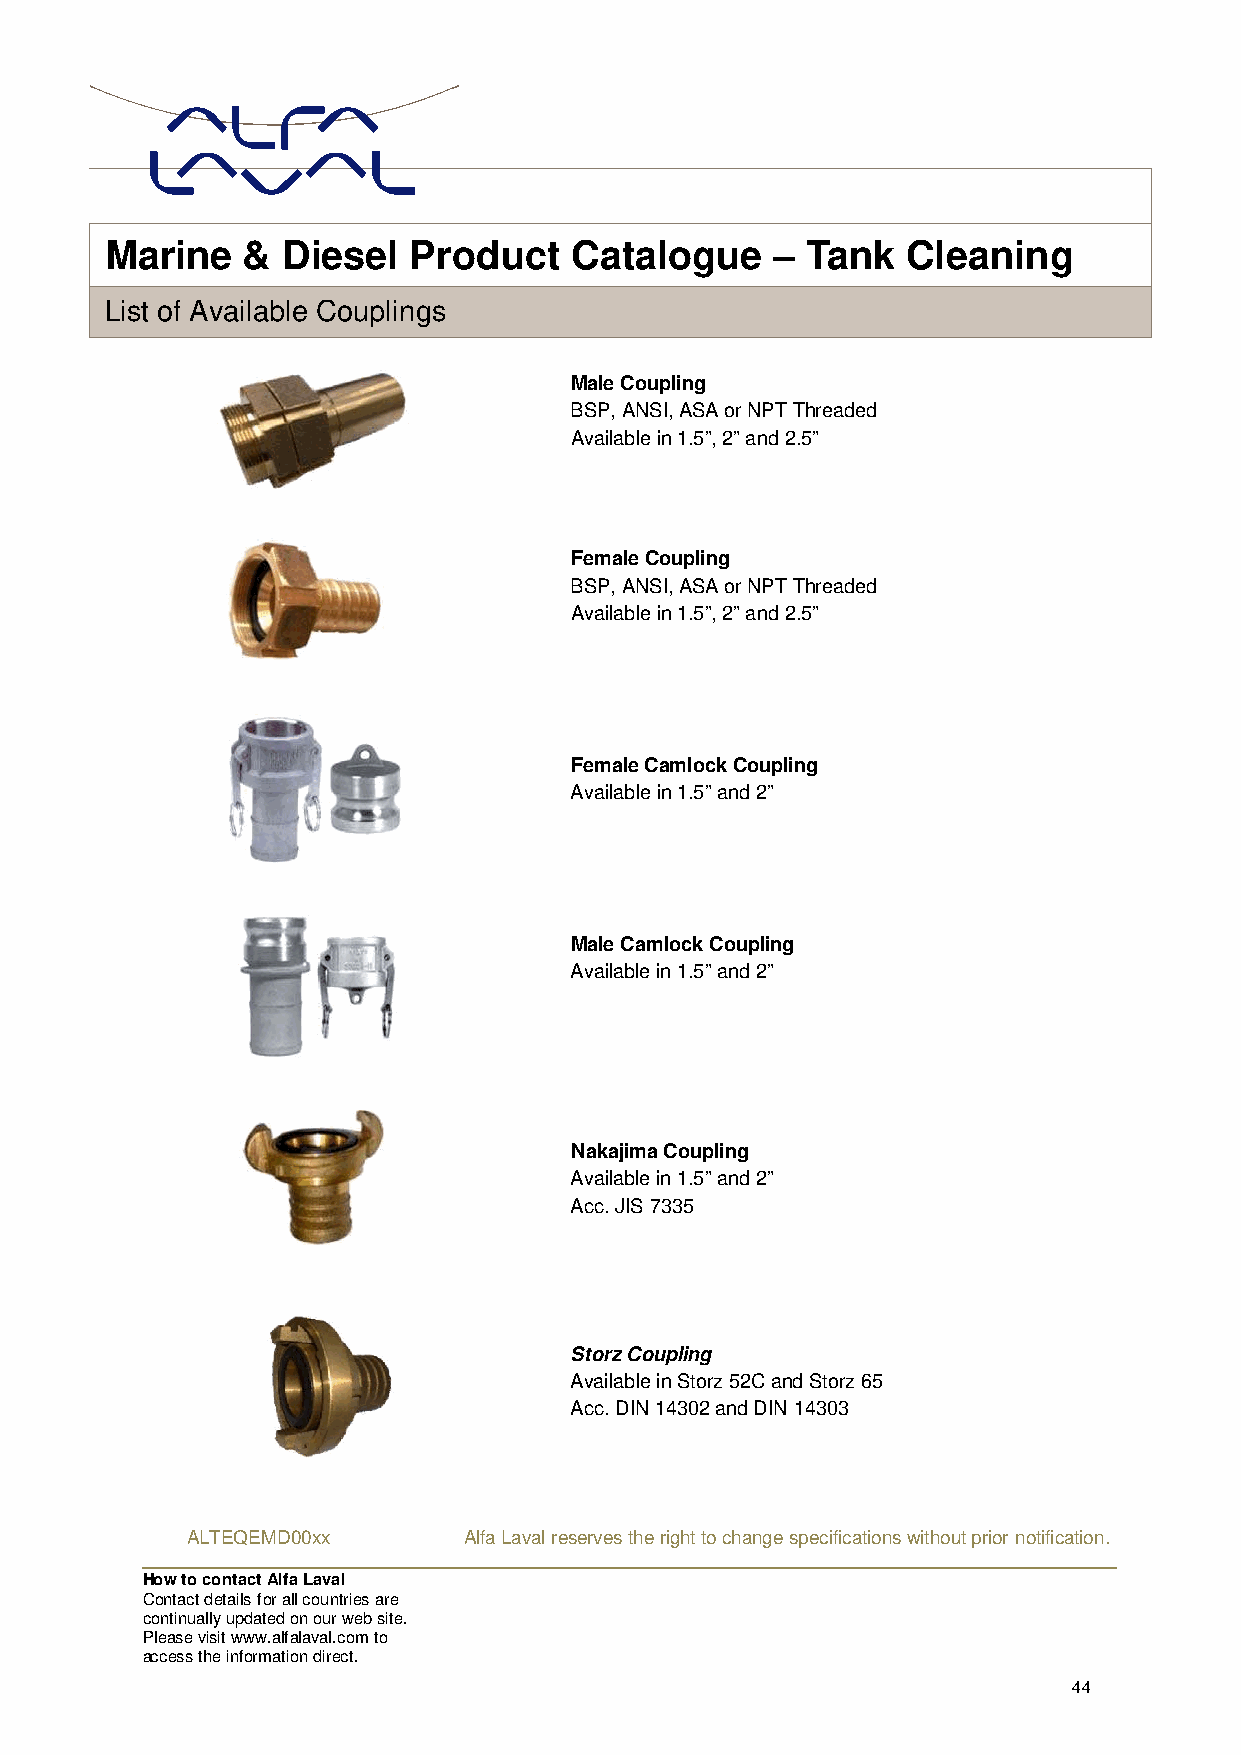
Marin  e &  Diesel  Product    Catalogue    – Tank   Cleaning
 List of Available Couplings
 Male Coupling
 BSP, ANSI, ASA or NPT Threaded
 Available in 1.5”, 2” and 2.5”
 Female Coupling
 BSP, ANSI, ASA or NPT Threaded
 Available in 1.5”, 2” and 2.5”
 Female Camlock Coupling
 Available in 1.5” and 2”
 Male Camlock Coupling
 Available in 1.5” and 2”
 Nakajima Coupling
 Available in 1.5” and 2”
 Acc. JIS 7335
 Storz Coupling
 Available in Storz 52C and Storz 65
 Acc. DIN 14302 and DIN 14303
 ALTEQEMD00xx       Alfa Laval reserves the right to change specifications without prior notification.
 How to contact Alfa Laval
 Contact details for all countries are
 continually updated on our web site.
 Please visit www.alfalaval.com to
 access the information direct.
 44